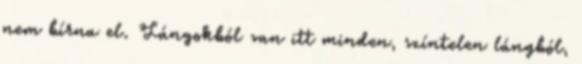
nem bírna el. Lángokból van itt minden, színtelen lángból,